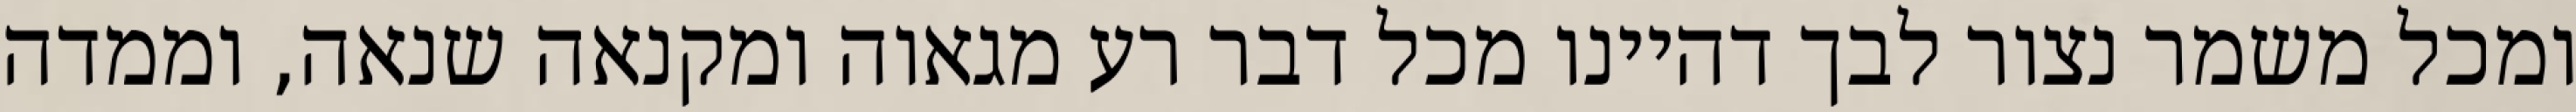
ומכל משמר נצור לבך דהיינו מכל דבר רע מגאוה ומקנאה שנאה, וממדה